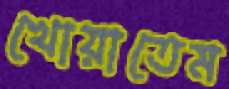
খোয়াতেম